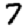
Digit: 7